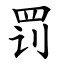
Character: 罚